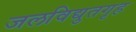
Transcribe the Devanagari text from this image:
जलविद्युतगृह